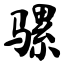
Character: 骡